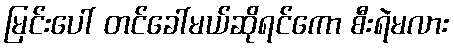
မြင်းပေါ် တင်ခေါ်မယ်ဆိုရင်ကော စီးရဲမလား